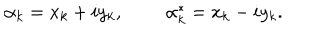
\alpha _ { k } = x _ { k } + i y _ { k } , \alpha _ { k } ^ { * } = x _ { k } - i y _ { k } .